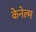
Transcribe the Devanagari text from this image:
केनेल्म